Vital statistics of India. Vol. IV, Annual returns from 1871 to 1876. British Army of India, Native Army and jails of Bengal
Year: 1871
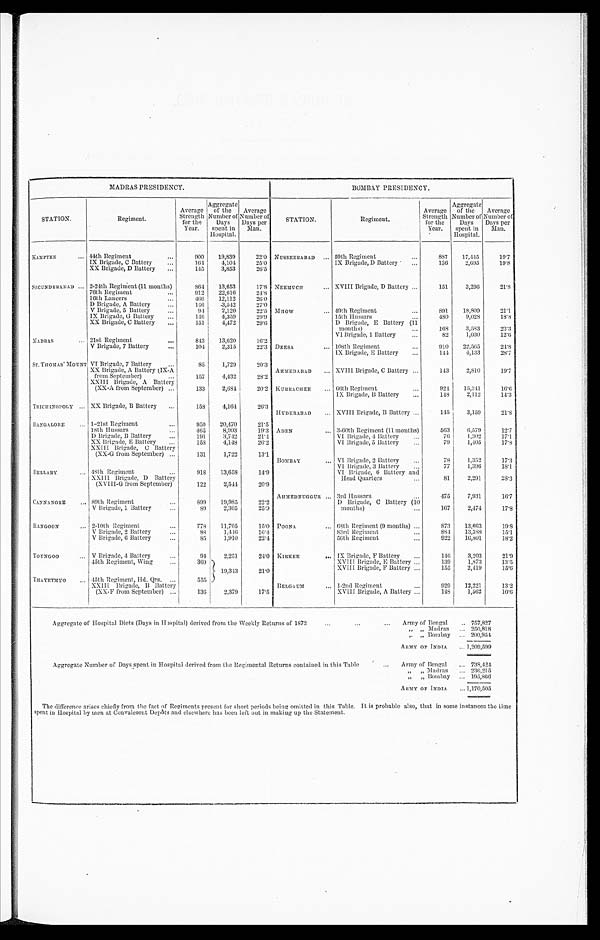
MADRAS PRESIDENCY.
BOMBAY PRESIDENCY.
STATION.
Regiment.
Average
Strength
for the
Year.
Aggregate
of the
Number of
Days
spent in
Hospital.
Average
Number of
Days per
Man.
STATION.
Regiment.
Average
Strength
for the
Year.
Aggregate
of the
Number of
Days
spent in
Hospital.
Average
Number of
Days per
Man.
KAMPTEE
44th Regiment
900
19,839
22.0 NUSSEERABAD
59th Regiment
887
17,445
19.7
IX Brigade, C Battery
164
4,104
25.0
IX Brigade, D Battery
136
2 , 6 9 5
19.8
XX Brigade, D Battery
145
3,853
26.5
SECUNDERABAD
2-24th Regiment (11 months)
864
13,653
17.8 NEEMUCH XVIII Brigade, D Battery
151
3,296
21.8
76th Regiment
912
22,616
24.8
16th Lancers
466
12,112
26.0
D Brigade, A Battery
146
3,542
27.0
V Brigade, 5 Battery
94
2,120
22.5 MHOW 49th Regiment
891
18,809
21.1
IX Brigade, G Battery
146
4,359
29.9
15th Hussars
480
9,028
18.8
XX Brigade, C Battery
151
4,472
29.6
D Brigade, E Battery (11
months)
168
3,583
23.3
VI Brigade, 1 Battery
82
1,030
12.6
MADRAS
21st Regiment
843
13,620
16.2
V Brigade, 7 Battery
104
2,315
22.3 DEESA 108th Regiment
910
22,565
24.8
IX Brigade, E Battery
144
4,133
28.7
ST. THOMAS' MOUNT VI Brigade, 7 Battery
85
1,729
20.3
XX Brigade, A Battery (IX-A
from September)
157
4,432
28.2
AHMEDABAD
XVIII Brigade, C Battery
143
2,810
19.7
XXIII Brigade, A Battery
(XX-A from September)
133
2,684
20.2 KURRACHEE
66th Regiment
924
15,341
16.6
IX Brigade, B Battery
148
2,112
14.3
TRICHINOPOLY XX Brigade, B Battery
158
4,164
26.3 HYDERABAD
XVIII Brigade, B Battery
145
3,159
21.8
BANGALORE
1-21st Regiment
950
20,470
21.5
18th Hussars
465
8,993
19.3 ADEN
3-60th Regiment (11 months)
563
6,579
12.7
D Brigade, B Battery
191
3,742
2 1 . 4
VI Brigade, 4 Battery
76
1,302
17.1
XX Brigade, E Battery
158
4,148
26.2
VI Brigade, 5 Battery
79
1,405
17.8
XXIII Brigade,
C B a t t e r y
(XX-G from September)
131
1,722
13.1 BOMBAY
VI Brigade, 2 Battery
78
1,352
17.3
VI Brigade, 3 Battery
77
1,396
18.1
BELLARY
48th Regiment
918
13,658
14.9
VI Brigade, 6 Battery and
XXIII Brigade, D Battery
(XVIII-G from September)
122
2,544
20.9
HeadQuarters
81
2,291
28.3
AHMEDNUGGUR
3rd Hussars
475
7,931
1 6 . 7
CANNANORE
89th Regiment
899
19,985
22.2
D Brigade, C Battery (10
V Brigade, 1 Battery
89
2,305
25.9
months)
167
2,474
17.8
RANGOON
2-10th Regiment
778
11,705
15.0 POONA
68th Regiment (9 months)
873
13,663
19.8
V Brigade, 2 Battery
88
1,446
16.4
83rd Regiment
884
13,388
15.1
V Brigade, 6 Battery
85
1,910
22.4
56th Regiment
922
16,801
18.2
TOUNGOO V Brigade, 4 Battery
94
2,251
24.0 KIRKEE
IX Brigade, F Battery
146
3,203
21.9
45th Regiment, Wing
369
1 9 , 3 4 3
21.0
XVIII Brigade, E Battery
139
1,873
13.5
XVIII Brigade, F Battery
155
2,419
15.6
THAYETMYO 45th Regiment, Hd. Qrs.
555
XXIII Brigade, B Battery
BELGAUM
1-2nd Regiment
929
12,221
13.2
(XX-F from September)
136
2,379
17.5
XVIII Brigade, A Battery
148
1,562
10.6
...
...
Aggregate of Hospital Diets (Days in Hospital) derived from the Weekly Returns of 1872
Army of Bengal
757,827
,,
, ,
M a d r a s 250,818
,,
, , B o m b a y 200, 954
ARMY OF INDIA 1,209,599
Aggregate Number of Days spent in Hospital derived from the Regimental Returns contained in this Table
Army of Bengal
738, 424
,,
, , M a d r a s 236,215
,,
, , B o m b a y 195, 866
ARMY OF INDIA
1,170,505
The differenee arises chiefly from the fact of Regiments present for short periods being omitted in this Table. It is probable also, that in some instances the time
spent in Hospital by men at Convalesent Depôts and elsewhere has been left out in making up the Statement.